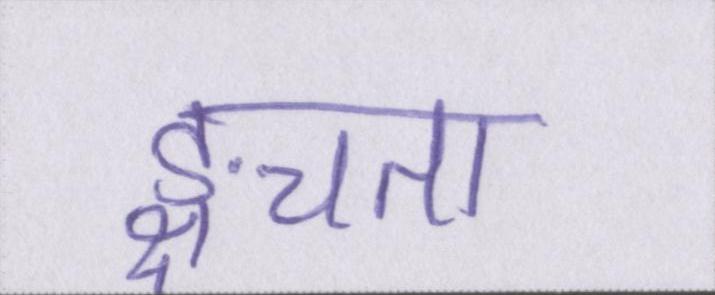
ङ्क्षचता